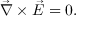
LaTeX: { \vec { \nabla } } \times { \vec { E } } = 0 .